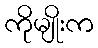
ကိုမျိုးက